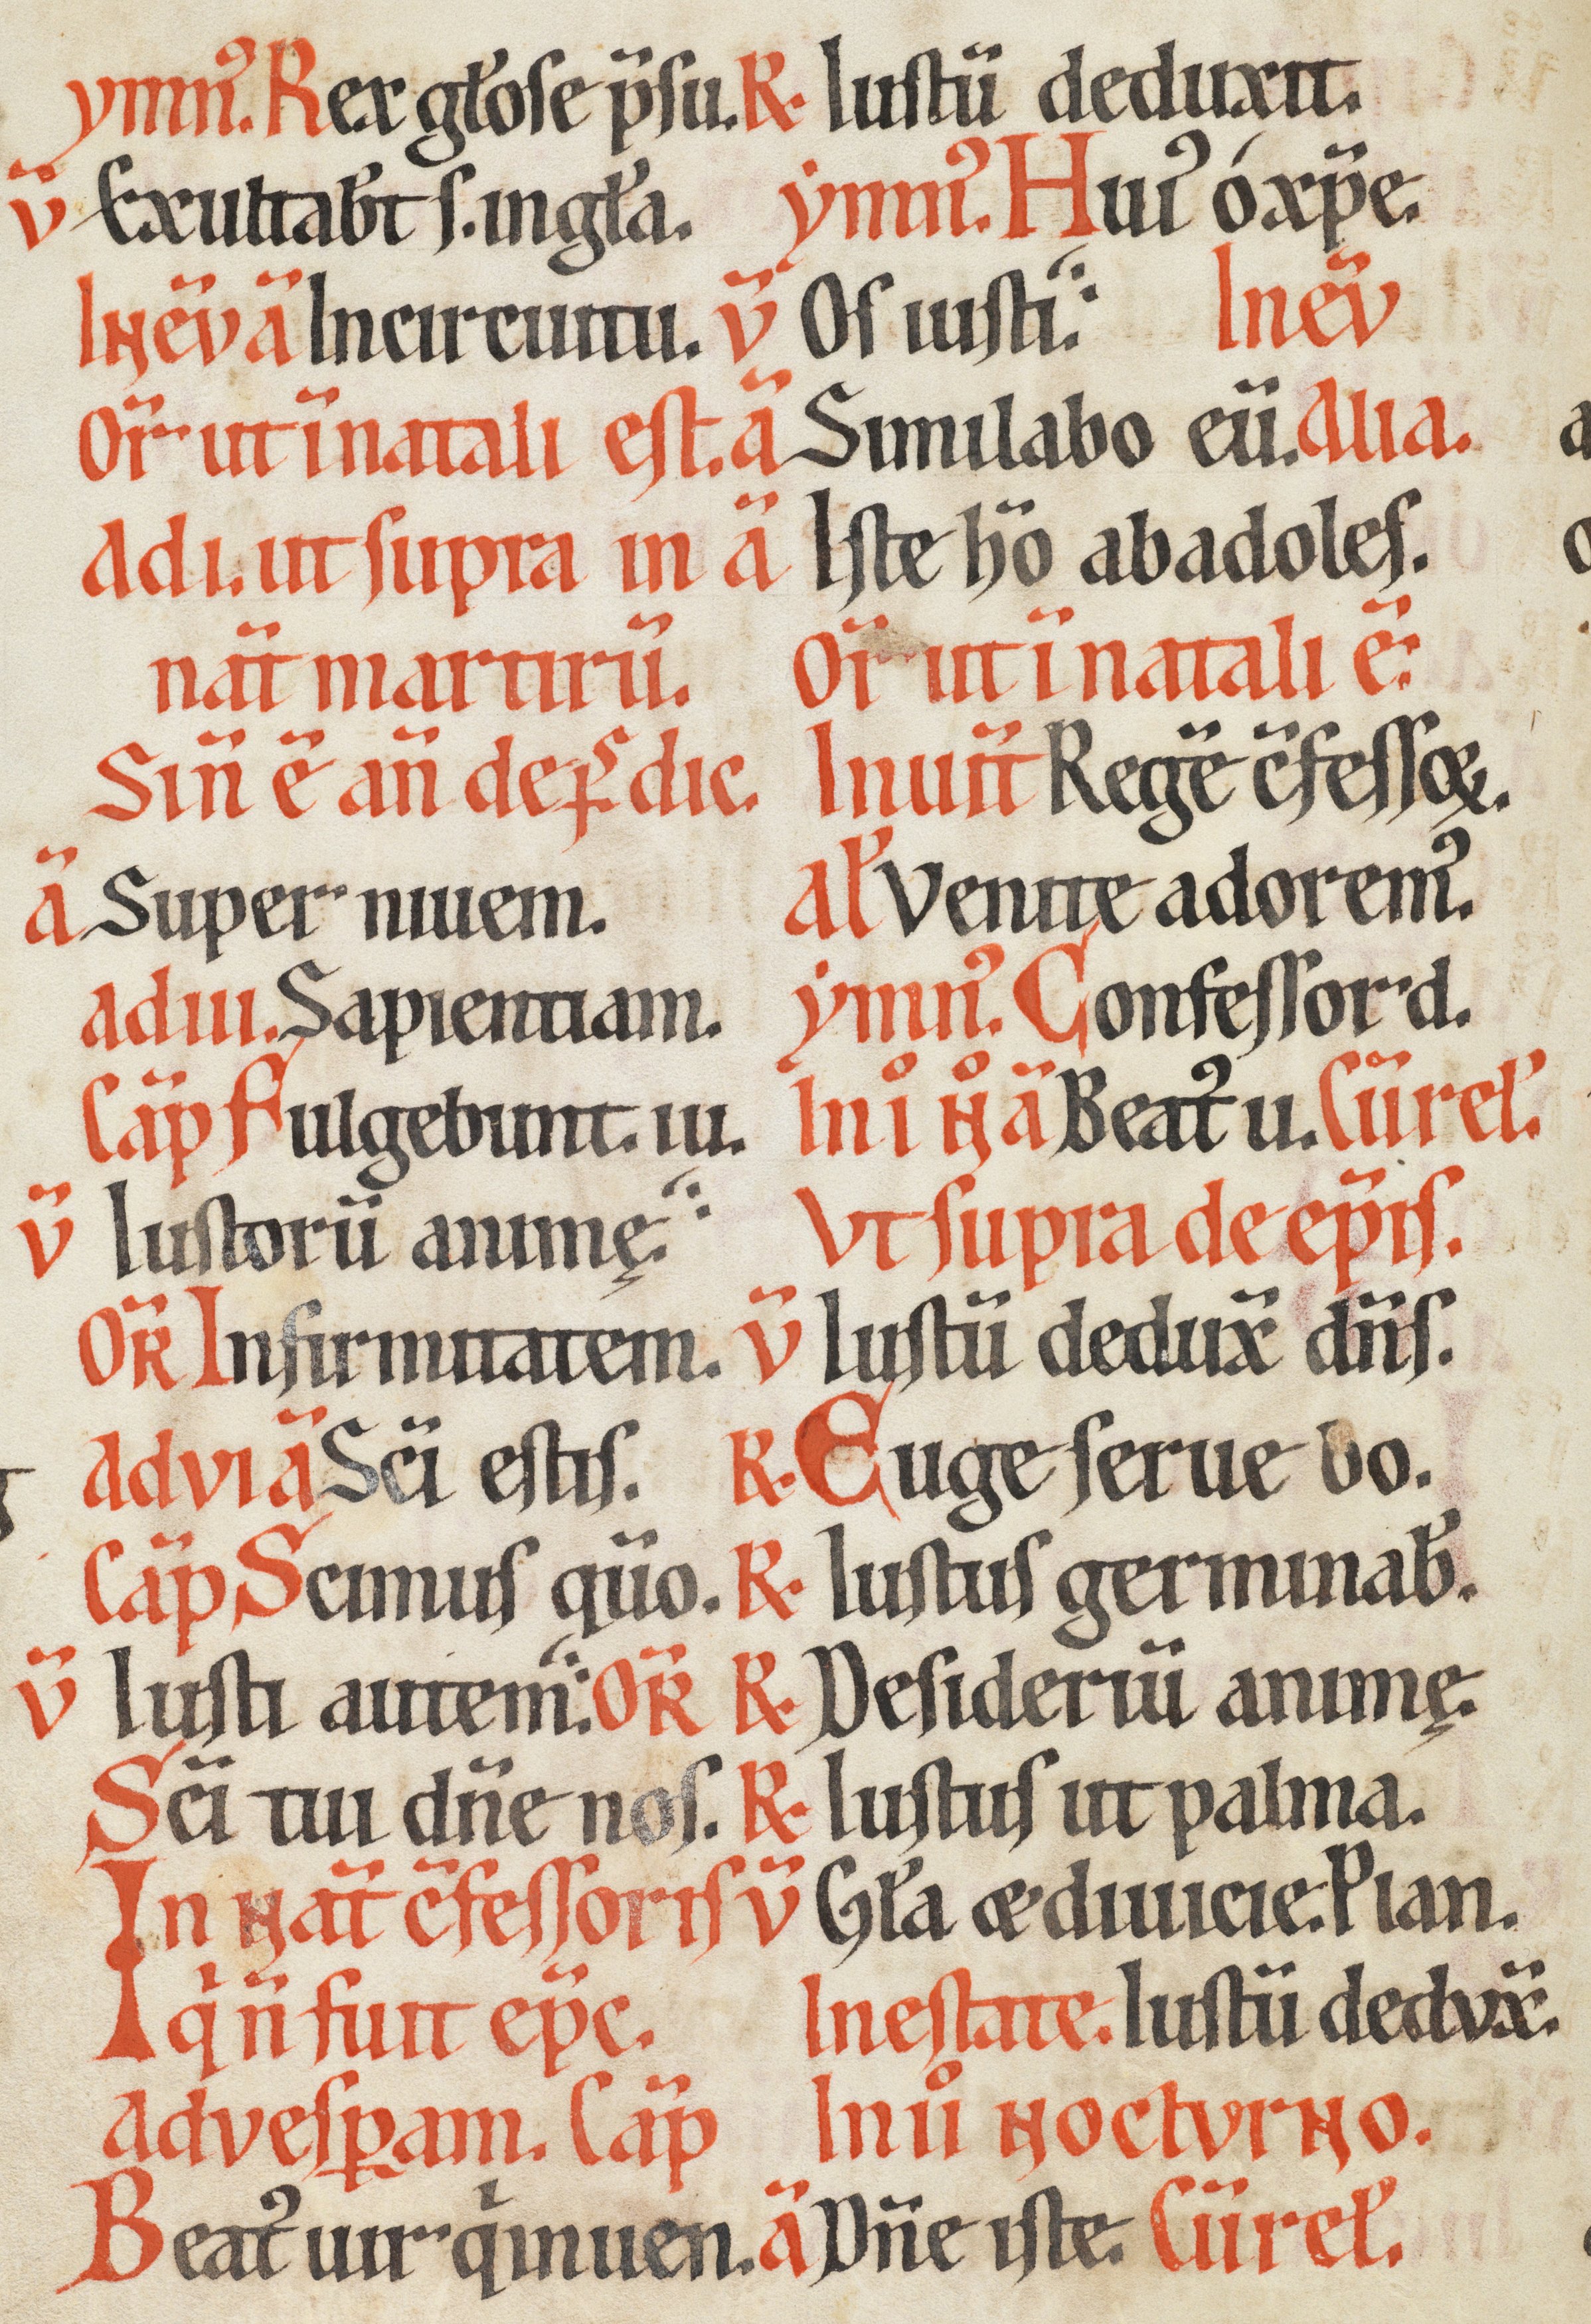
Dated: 1170–1230